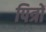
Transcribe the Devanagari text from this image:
पित्रों